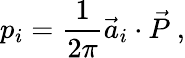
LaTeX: p_{i}=\frac{1}{2\pi}{\vec{a}}_{i}\cdot{\vec{P}}~,